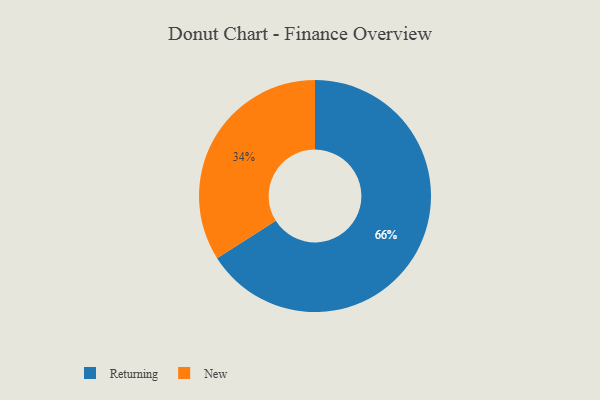
{"axis": {"x": "Category", "y": "Percentage"}, "legend": ["New", "Returning"], "data": [{"x": "New", "y": 34, "type": "New"}, {"x": "Returning", "y": 66, "type": "Returning"}]}